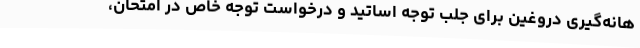
هانه‌گیری دروغین برای جلب توجه اساتید و درخواست توجه خاص در امتحان،